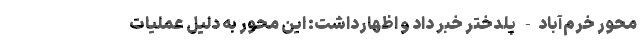
محور خرم‌آباد- پلدختر خبر داد و اظهارداشت: این محور به دلیل عملیات